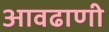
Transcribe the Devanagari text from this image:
आवढाणी